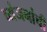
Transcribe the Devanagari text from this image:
व्यंजनांची